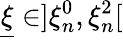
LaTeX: \underline{{\xi}}\in]\xi_{n}^{0},\xi_{n}^{2}[